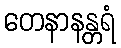
တေနာနန္တရံ